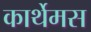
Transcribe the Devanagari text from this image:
कार्थेमस